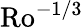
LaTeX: \mathrm{Ro}^{-1/3}